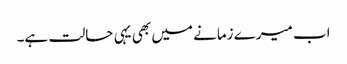
اب میرے زمانے میں بھی یہی حالت ہے۔